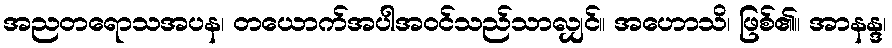
အညတရောသအပန၊ တယောက်အပါအဝင်သည်သာလျှင်။ အဟောသိ၊ ဖြစ်၏။ အာနန္ဒ၊